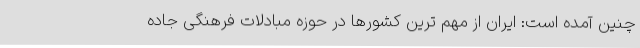
چنین آمده است: ایران از مهم ترین کشورها در حوزه مبادلات فرهنگی جاده